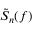
\tilde { S } _ { n } ( f )